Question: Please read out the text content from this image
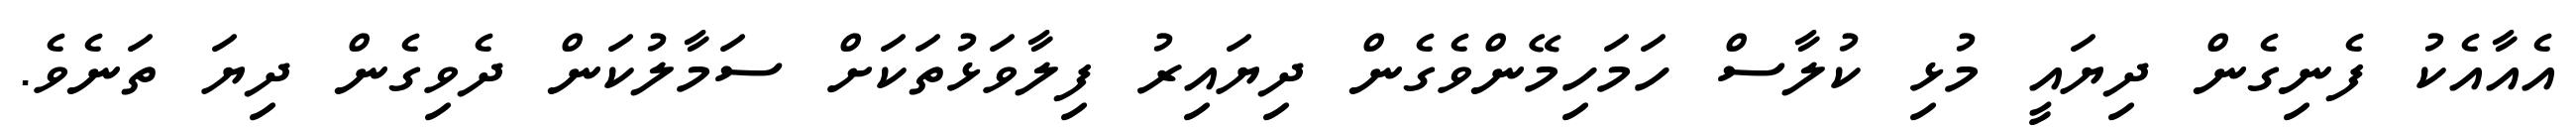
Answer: އެއާއެކު ފެނިގެން ދިޔައީ މުޅި ކުލާސް ހަމަހިމޭންވެގެން ދިޔައިރު ފިލާވަޅުތަކަށް ސަމާލުކަން ދެވިގެން ދިޔަ ތަނެވެ.